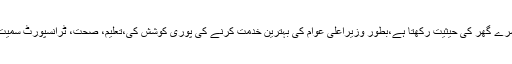
شہبازشریف کا کہنا تھا کہ برطانیہ پاکستانیوں کے لئے دوسرے گھر کی حیثیت رکھتا ہے،بطور وزیراعلی عوام کی بہترین خدمت کرنے کی پوری کوشش کی،تعلیم، صحت، ٹرانسپورٹ سمیت تمام شعبوں میں ترقی کایہ سفرآئندہ بھی جاری رکھیں گے۔